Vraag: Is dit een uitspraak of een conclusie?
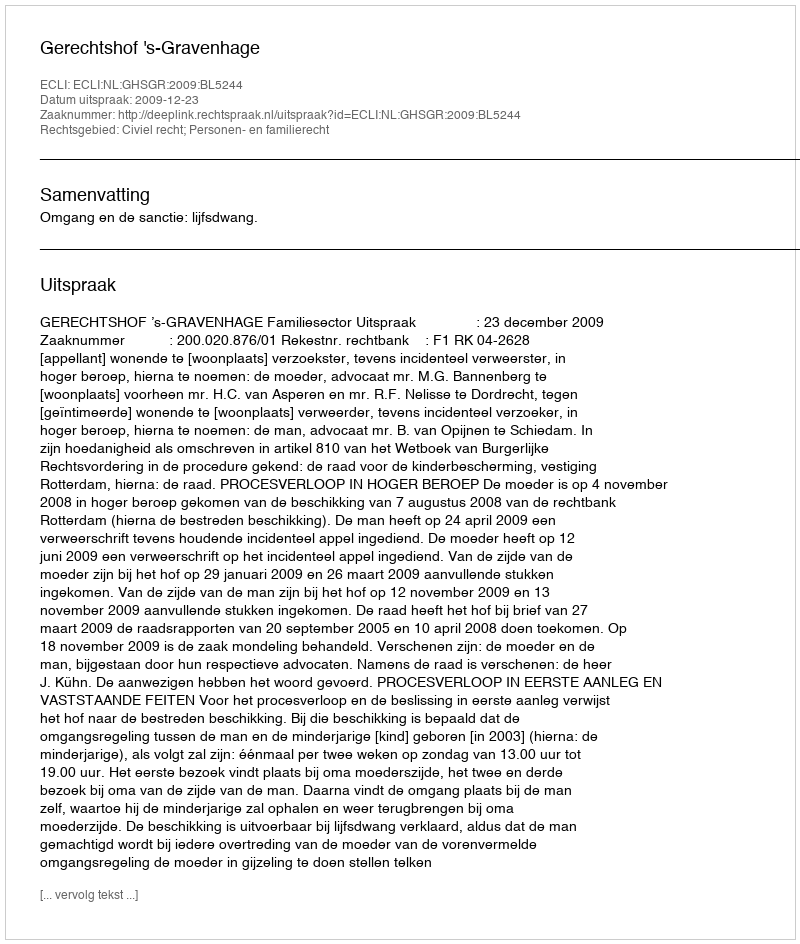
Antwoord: Uitspraak